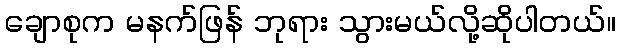
ချောစုက မနက်ဖြန် ဘုရား သွားမယ်လို့ဆိုပါတယ်။